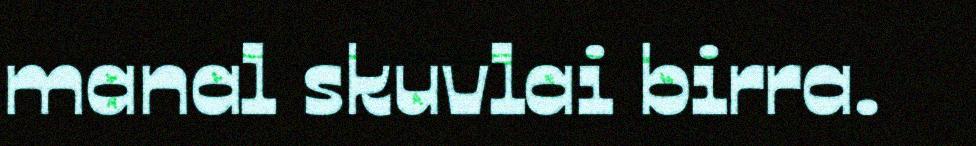
manal skuvlai birra.